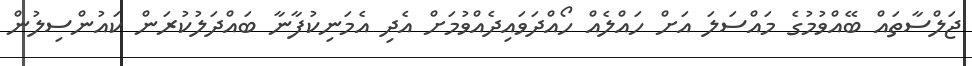
ޖަލްސާތައް ބޭއްވުމުގެ މައްސަލަ އަށް ހައްލެއް ހޯއްދަވައިދެއްވުމަށް އެދި އެމަނިކުފާނާ ބައްދަލުކުރަން ކައުންސިލުން